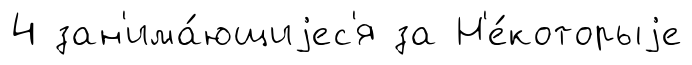
4 зан'има́ющиjес'я за Н'е́которыjе